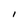
Character: I